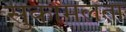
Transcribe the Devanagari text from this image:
सुकोमलता